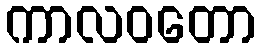
ကာလဝတော